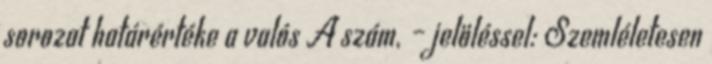
sorozat határértéke a valós A szám, – jelöléssel: Szemléletesen